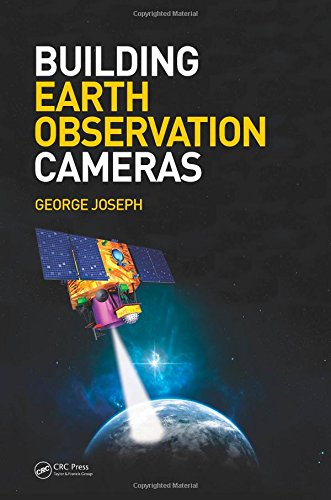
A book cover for Building Earth Observation Cameras; George Joseph; Science & Math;